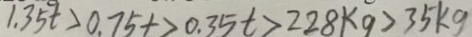
1 . 3 5 t > 0 . 7 5 t > 0 . 3 5 t > 2 2 8 k g > 3 5 k g